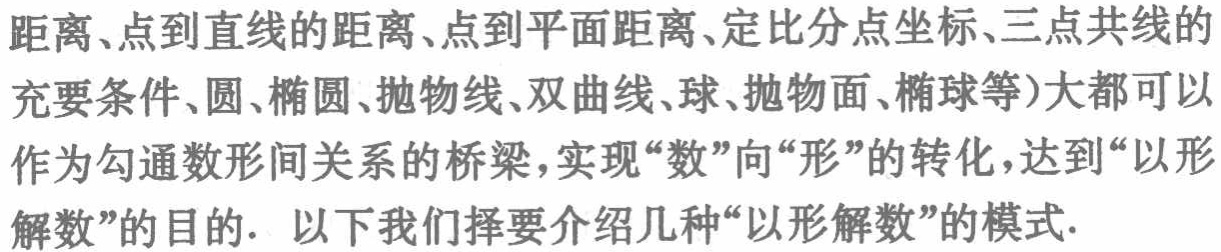
距离、点到直线的距离、点到平面距离、定比分点坐标、三点共线的充要条件、圆、椭圆、抛物线、双曲线、球、抛物面、椭球等)大都可以作为勾通数形间关系的桥梁，实现“数”向“形”的转化，达到“以形解数”的目的. 以下我们择要介绍几种“以形解数”的模式.